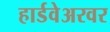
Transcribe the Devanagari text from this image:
हार्डवेअरवर